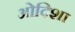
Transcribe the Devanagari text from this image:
ओदिशा